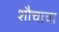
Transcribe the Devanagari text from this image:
शौचाचा